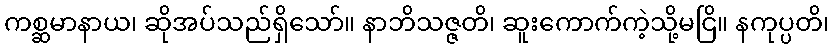
ကစ္ဆမာနာယ၊ ဆိုအပ်သည်ရှိသော်။ နာဘိသဇ္ဇတိ၊ ဆူးကောက်ကဲ့သို့မငြိ။ နကုပ္ပတိ၊